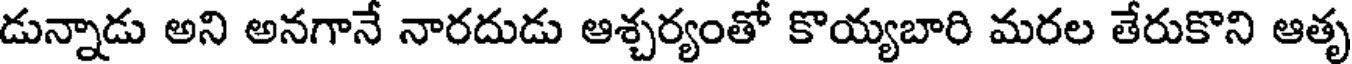
డున్నాడు అని అనగానే నారదుడు ఆశ్చర్యంతో కొయ్యబారి మరల తేరుకొని ఆతృ